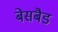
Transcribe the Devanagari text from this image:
बेसबैड